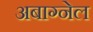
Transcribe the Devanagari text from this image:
अबाग्नेल